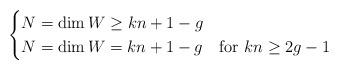
LaTeX: \begin{align*}\begin{cases}N=\dim W \geq k n +1-g\\N=\dim W = k n+1-g &\mathrm{for}\ k n \geq 2g-1 \end{cases}\end{align*}